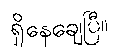
ရှိနေချေပြီ။